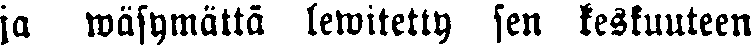
ja wäsymättä lewitetty sen keskuuteen